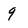
Character: q